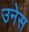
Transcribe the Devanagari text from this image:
उनेस